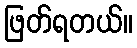
ဖြတ်ရတယ်။